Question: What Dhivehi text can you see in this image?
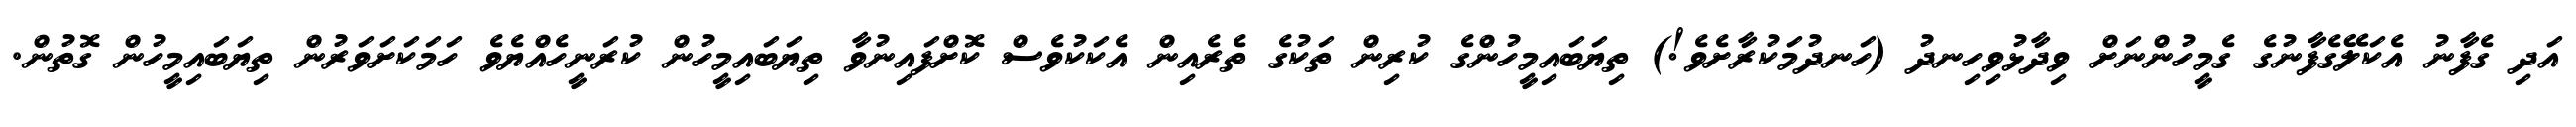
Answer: އަދި ގެފާނު އެކަލޭގެފާނުގެ ގެމީހުންނަށް ވިދާޅުވިހިނދު (ހަނދުމަކުރާށެވެ!) ތިޔަބައިމީހުންގެ ކުރިން ތަކުގެ ތެރެއިން އެކަކުވެސް ކޮށްފައިނުވާ ތިޔަބައިމީހުން ކުރަނީހެއްޔެވެ ހަމަކަށަވަރުން ތިޔަބައިމީހުން ގޮތުން.